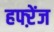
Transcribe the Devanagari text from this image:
हफ्ऱेंज